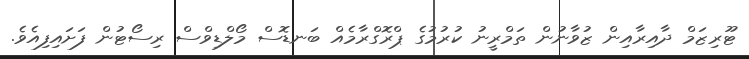
ޓޫރިޒަމް ދާއިރާއިން ޒުވާނުން ތަމްރީނު ކުރުމުގެ ޕްރޮގްރާމެއް ބަނޑޮސް މޯލްޑިވްސް ރިސޯޓުން ފަށައިފިއެވެ.